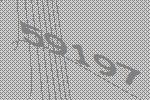
59197